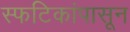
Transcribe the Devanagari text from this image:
स्फटिकांपासून